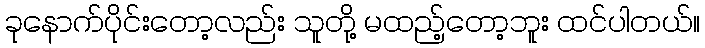
ခုနောက်ပိုင်းတော့လည်း သူတို့ မထည့်တော့ဘူး ထင်ပါတယ်။